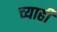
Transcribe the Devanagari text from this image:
च्याही